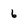
Character: 6